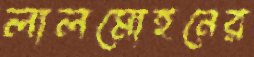
লালমোহনের